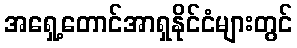
အရှေ့တောင်အာရှနိုင်ငံများတွင်